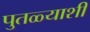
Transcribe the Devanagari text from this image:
पुतळ्याशी